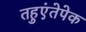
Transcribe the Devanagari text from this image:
तहुएंतेपेक